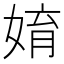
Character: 㛩